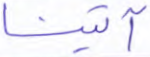
آتينا